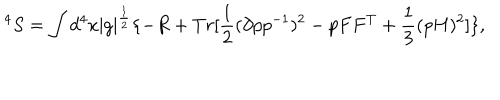
^ 4 S = \int d ^ { 4 } x { \mid g \mid } ^ { \frac { 1 } { 2 } } \{ - R + T r [ \frac { 1 } { 2 } ( \partial p p ^ { - 1 } ) ^ { 2 } - p F F ^ { T } + \frac { 1 } { 3 } ( p H ) ^ { 2 } ] \} ,